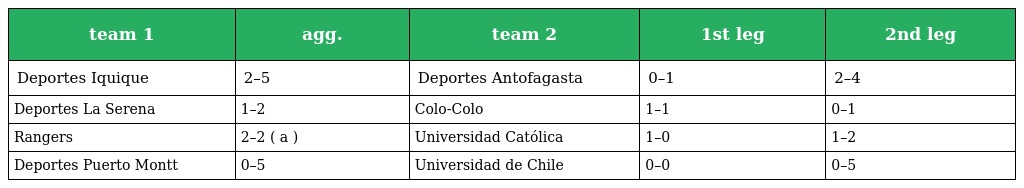
| team 1 | agg. | team 2 | 1st leg | 2nd leg |
 | --- | --- | --- | --- | --- |
 | Deportes Iquique | 2–5 | Deportes Antofagasta | 0–1 | 2–4 |
 | Deportes La Serena | 1–2 | Colo-Colo | 1–1 | 0–1 |
 | Rangers | 2–2 ( a ) | Universidad Católica | 1–0 | 1–2 |
 | Deportes Puerto Montt | 0–5 | Universidad de Chile | 0–0 | 0–5 |